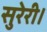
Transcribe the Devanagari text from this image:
सुरेरी।